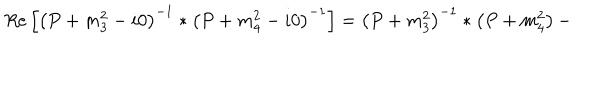
R e \left[ \left( P + m _ { 3 } ^ { 2 } - i 0 \right) ^ { - 1 } \ast \left( P + m _ { 4 } ^ { 2 } - i 0 \right) ^ { - 1 } \right] = \left( P + m _ { 3 } ^ { 2 } \right) ^ { - 1 } \ast \left( P + m _ { 4 } ^ { 2 } \right) -